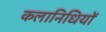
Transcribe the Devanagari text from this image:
कलानिधियों